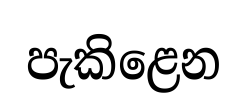
පැකිළෙන